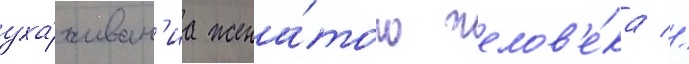
уха́живан'иа жена́того челов'е́ка //